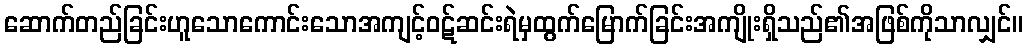
ဆောက်တည်ခြင်းဟူသောကောင်းသောအကျင့်ဝဋ်ဆင်းရဲမှထွက်မြောက်ခြင်းအကျိုးရှိသည်၏အဖြစ်ကိုသာလျှင်။